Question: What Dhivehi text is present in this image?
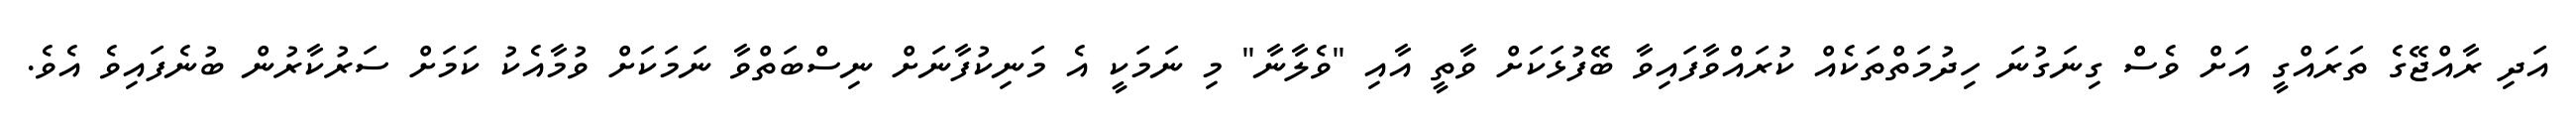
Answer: އަދި ރާއްޖޭގެ ތަރައްގީ އަށް ވެސް ގިނަގުނަ ހިދުމަތްތަކެއް ކުރައްވާފައިވާ ބޭފުޅަކަށް ވާތީ އާއި "ވެލާނާ" މި ނަމަކީ އެ މަނިކުފާނަށް ނިސްބަތްވާ ނަމަކަށް ވުމާއެކު ކަމަށް ސަރުކާރުން ބުނެފައިވެ އެވެ.